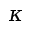
\kappa